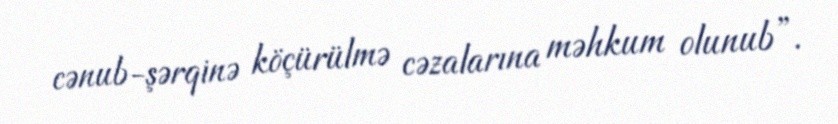
cənub-şərqinə köçürülmə cəzalarına məhkum olunub”.